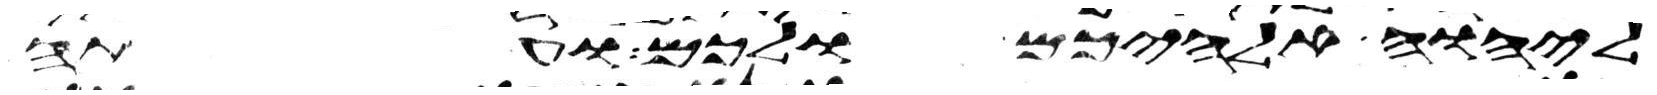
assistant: ליהוה אלהיכם ולכם ועתה